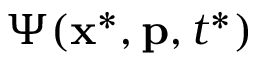
\Psi ( \mathbf { x } ^ { * } , \mathbf { p } , t ^ { * } )